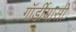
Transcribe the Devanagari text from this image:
गॉर्डीयासी